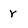
Character: r